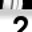
Digit: 2